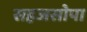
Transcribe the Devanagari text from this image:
सहजसोपा